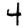
Digit: 4